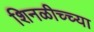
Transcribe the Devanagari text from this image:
शिनळीच्च्या